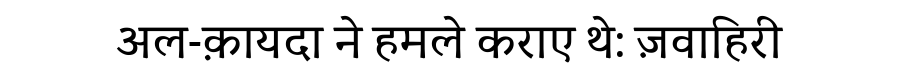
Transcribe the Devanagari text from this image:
अल-क़ायदा ने हमले कराए थे: ज़वाहिरी